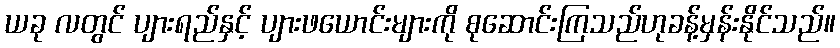
ယခု လတွင် ပျားရည်နှင့် ပျားဖယောင်းများကို စုဆောင်းကြသည်ဟုခန့်မှန်းနိုင်သည်။